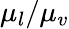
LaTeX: {\mu_{l}}/{\mu_{v}}